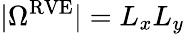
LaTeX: |\Omega^{\textnormal{RVE}}|=L_{x}L_{y}